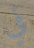
في